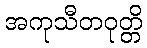
အကုသီတဝုတ္တိ